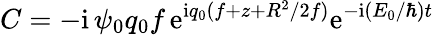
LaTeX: C=-\mathrm{i}\, \psi_{0}q_{0}f\, \mathrm{e}^{\mathrm{i}q_{0}(f+z+R^{2}/2f)}\mathrm{e}^{-\mathrm{i}(E_{0}/\hbar)t}